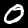
Label: 0